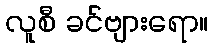
လူစီ ခင်ဗျားရော။